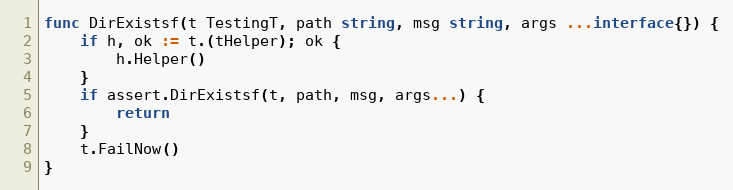
Language: Go
func DirExistsf(t TestingT, path string, msg string, args ...interface{}) {
	if h, ok := t.(tHelper); ok {
		h.Helper()
	}
	if assert.DirExistsf(t, path, msg, args...) {
		return
	}
	t.FailNow()
}